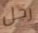
رجل